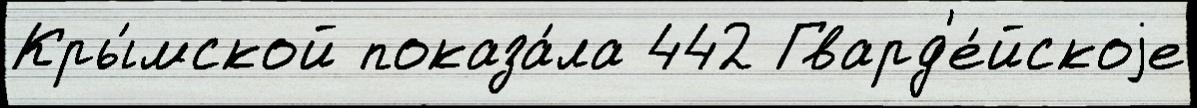
Кры́мской показа́ла 442 Гвард'е́йскоjе